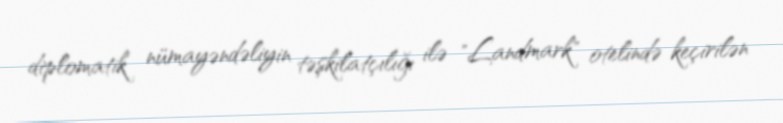
diplomatik nümayəndəliyin təşkilatçılığı ilə "Landmark" otelində keçirilən